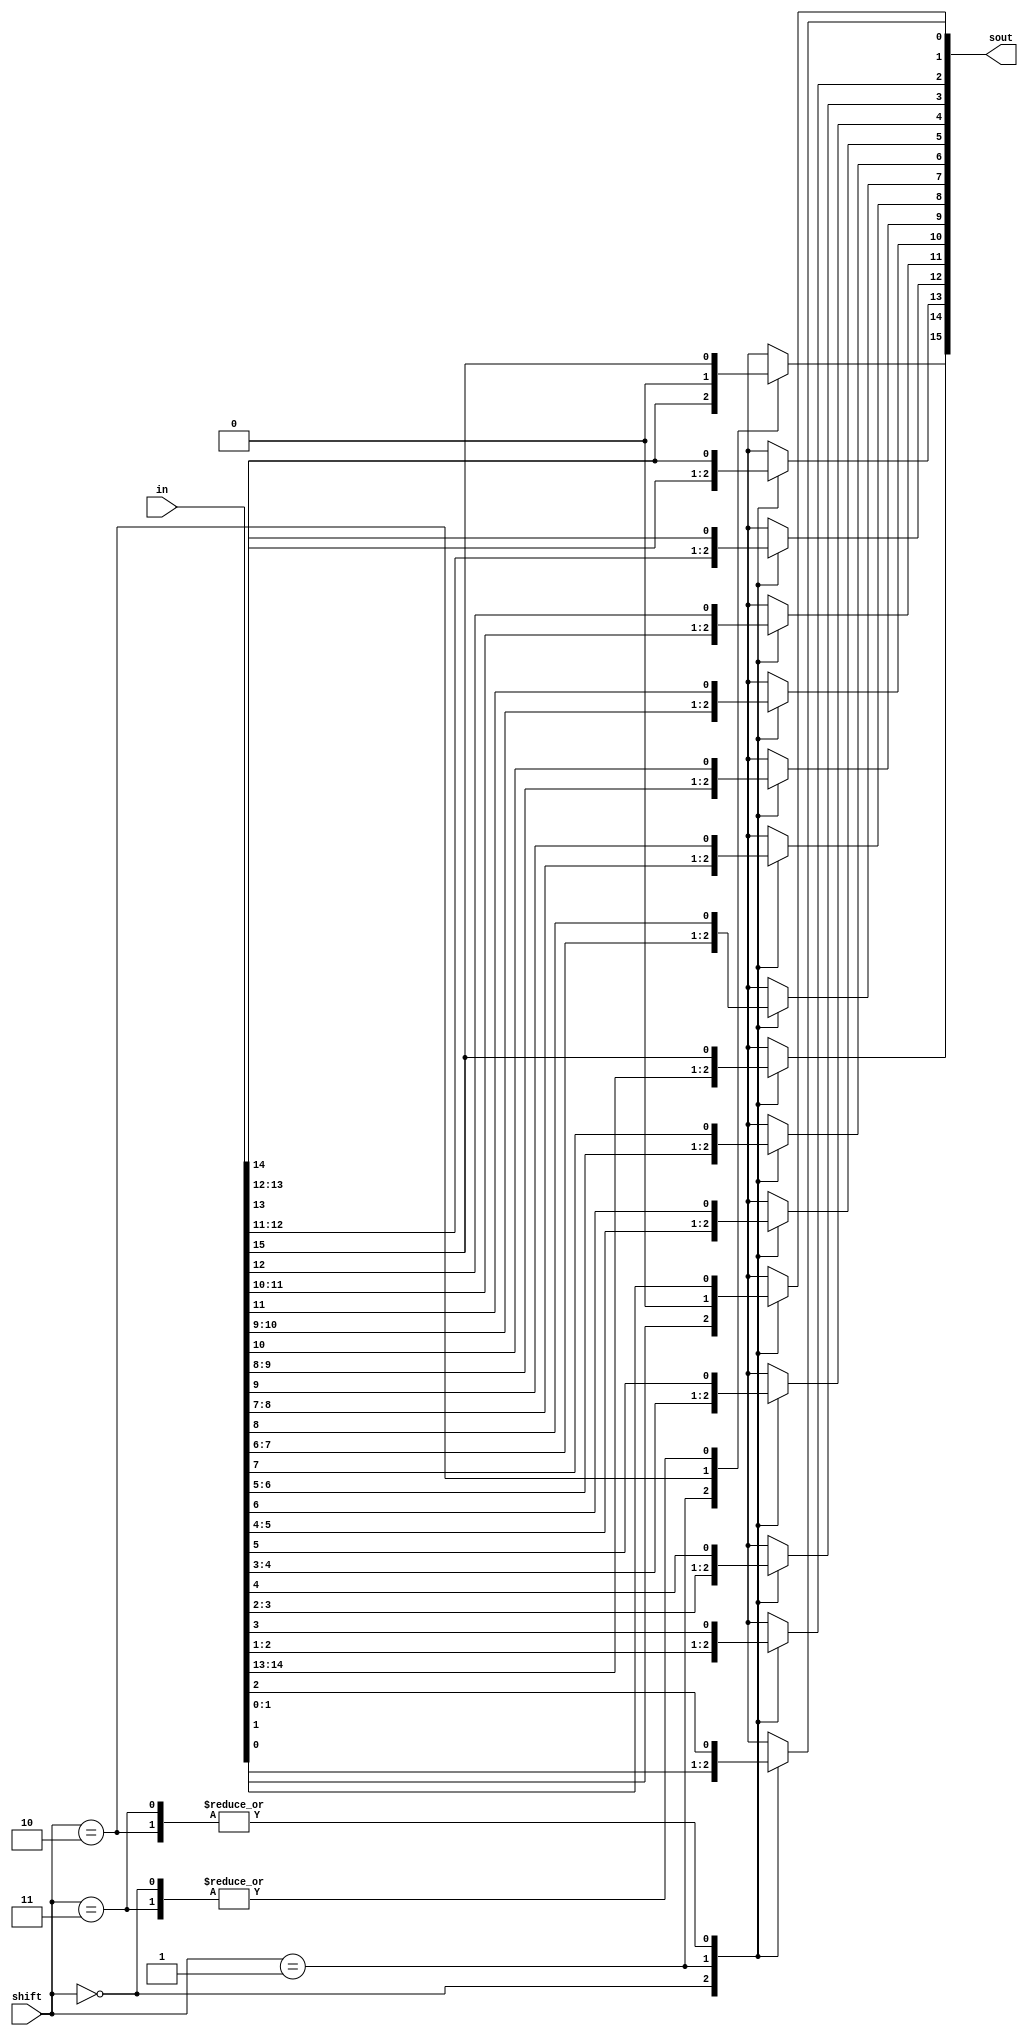
/*

Module: shifter
Purpose: to either multiply or divide a binary number by two

Inputs: 
1. in (16 bit binary) - binary input number to be manipulated  
2. shift (2 bit binary) - this specifices the operation to be performed on the binary input 'in' as follows:
	a. if shift = 00, the input remains unchanged
	b. if shift = 01, the values of each index of the input are shifted one to the left, causing the whole value to be multipled by two (e.g. 16'b0...01 = 1 becomes 16'b0...10 = 2)
	c. if shift = 10 the values of each index of the input are shifted one to the right AND the most significant bit (15th index) of the output always equals zero, causing the whole value to be divided by two (e.g. 16'b0...10 = 2 becaomes 16'b0...01 = 1)
	d. if shift = 11, the values of each index of the input are shifted one to the right AND the most significant bit (15th index) of the output remains unchanged

Outputs:
1. sout (16 bit binary) - result of manipulating the input according to one of the operations above 

*/

//i/o specified in header
module shifter(in, shift, sout);
	input [15:0] in; 
	input [1:0] shift; 
	output reg [15:0] sout;

always @(*) begin
//Cases specified in header
case(shift)

//Case 2a.
2'b00: begin
sout = in; 
end

//Case 2b.
2'b01: begin
sout[0] = 0;
sout[1] = in[0];
sout[2] = in[1];
sout[3] = in[2];
sout[4] = in[3];
sout[5] = in[4];
sout[6] = in[5];
sout[7] = in[6];
sout[8] = in[7];
sout[9] = in[8];
sout[10] = in[9];
sout[11] = in[10];
sout[12] = in[11];
sout[13] = in[12];
sout[14] = in[13];
sout[15] = in[14];

end

//Case 2c.
2'b10: begin
sout[0] = in[1];
sout[1] = in[2];
sout[2] = in[3];
sout[3] = in[4];
sout[4] = in[5];
sout[5] = in[6];
sout[6] = in[7];
sout[7] = in[8];
sout[8] = in[9];
sout[9] = in[10];
sout[10] = in[11];
sout[11] = in[12];
sout[12] = in[13];
sout[13] = in[14];
sout[14] = in[15];
sout[15] = 0;
end

//Case 2d.
2'b11: begin
sout[0] = in[1];
sout[1] = in[2];
sout[2] = in[3];
sout[3] = in[4];
sout[4] = in[5];
sout[5] = in[6];
sout[6] = in[7];
sout[7] = in[8];
sout[8] = in[9];
sout[9] = in[10];
sout[10] = in[11];
sout[11] = in[12];
sout[12] = in[13];
sout[13] = in[14];
sout[14] = in[15];
sout[15] = in[15];
end

default: sout = 16'bxxxxxxxxxxxxxxxx; //default case sets all 16 bits of the output to unspecified binary

endcase

end 

endmodule